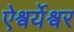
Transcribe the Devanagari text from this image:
ऐश्वर्येश्वर